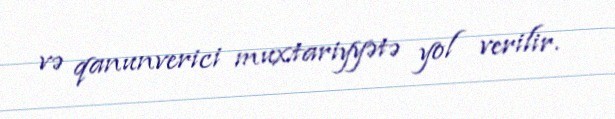
və qanunverici muxtariyyətə yol verilir.